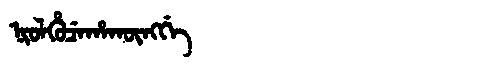
Manchu: ᠨᡳᠣᠯᡥᡠᠴᡝᡥᠠᡴᡡᠩᡤᡝ
Romanization: NIOLHUCEHAKŪNGGE